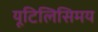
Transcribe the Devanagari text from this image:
यूटिलिसिमय